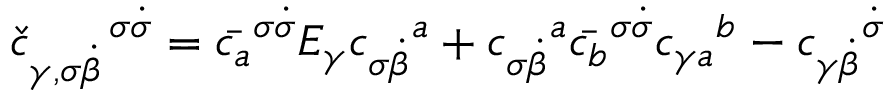
{ \check { c } } _ { \gamma , \sigma \dot { \beta } } ^ { \enspace \enspace \enspace \, \sigma \dot { \sigma } } = \bar { c _ { a } } ^ { \sigma \dot { \sigma } } E _ { \gamma } { c _ { \sigma \dot { \beta } } } ^ { a } + { c _ { \sigma \dot { \beta } } } ^ { a } \bar { c _ { b } } ^ { \sigma \dot { \sigma } } { c _ { \gamma a } } ^ { b } - { c _ { \gamma \dot { \beta } } } ^ { \dot { \sigma } }